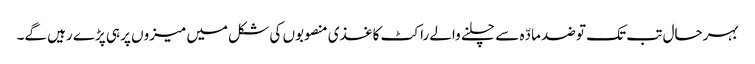
بہرحال تب تک تو ضد مادّہ سے چلنے والے راکٹ کاغذی منصوبوں کی شکل میں میزوں پر ہی پڑے رہیں گے۔